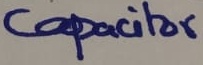
Text: Capacitor